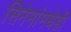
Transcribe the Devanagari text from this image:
सिनेमांमधेही